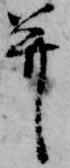
并